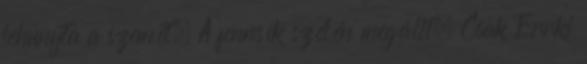
lehunyta a szemét. A fennsík szélén megállt. Csak Errki